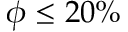
\phi \leq 2 0 \%